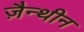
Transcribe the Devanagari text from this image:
ज़ैन्थीन